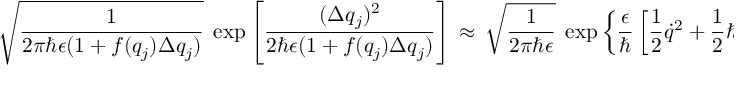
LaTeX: \sqrt { \frac { 1 } { 2 \pi \hbar \epsilon ( 1 + f ( q _ { j } ) \Delta q _ { j } ) } } \; \exp \left[ \frac { ( \Delta q _ { j } ) ^ { 2 } } { 2 \hbar \epsilon ( 1 + f ( q _ { j } ) \Delta q _ { j } ) } \right] \, \approx \, \sqrt { \frac { 1 } { 2 \pi \hbar \epsilon } } \; \exp \left\{ \frac { \epsilon } { \hbar } \left[ \frac { 1 } { 2 } { \dot { q } } ^ { 2 } + \frac { 1 } { 2 } \hbar f ( q ) \dot { q } \right] \right\} \, ,